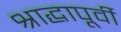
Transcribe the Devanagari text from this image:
श्राद्धापूर्वी